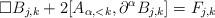
LaTeX: \begin{align*}\Box B_{j,k} + 2 [A_{\alpha,<k}, \partial^\alpha B_{j,k}] = F_{j,k}\end{align*}